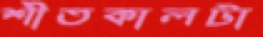
শীতকালটা